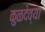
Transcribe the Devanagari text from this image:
कुळदेव्या